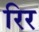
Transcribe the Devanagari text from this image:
रिर